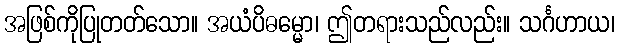
အဖြစ်ကိုပြုတတ်သော။ အယံပိဓမ္မော၊ ဤတရားသည်လည်း။ သင်္ဂဟာယ၊